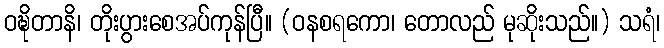
ဝဍ္ဎိတာနိ၊ တိုးပွားစေအပ်ကုန်ပြီ။ (ဝနစရကော၊ တောလည် မုဆိုးသည်။) သရံ၊